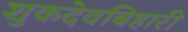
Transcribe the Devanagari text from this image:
शुकदेवबिहारी